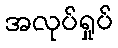
အလုပ်ရှုပ်